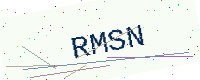
Text: RMSN